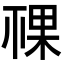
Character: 𥚌